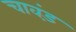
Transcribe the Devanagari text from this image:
चावंड़